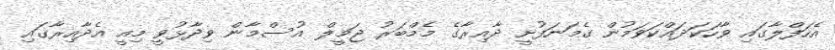
އެހަފްލާގައި ވާހަކަދައްކަވަމުން ގެމަނަފުށީ ދާއިރާގެ މެމްބަރު ޖަމީލް އުސްމާން ވިދާޅުވީ މިއީ އެދާއިރާގައި